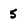
Character: 5